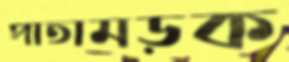
পাতামড়ক